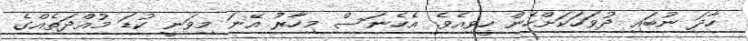
ހާދަ ނުބައި ދުވަހަކަށްހެން ހީވިއެވެ. އެހެނަސް މިހާރު އޭނަ މިވަނީ ކުޑަ މުއްދަތެއްގެ